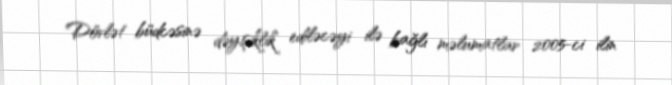
Dövlət büdcəsinə dəyişiklik ediləcəyi ilə bağlı məlumatlar 2005-ci ilin